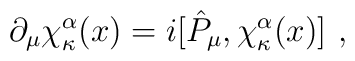
\partial _{\mu }\chi _{\kappa }^{\alpha }(x)=i[\hat{P}_{\mu },\chi _{\kappa}^{\alpha }(x)]\,\,,